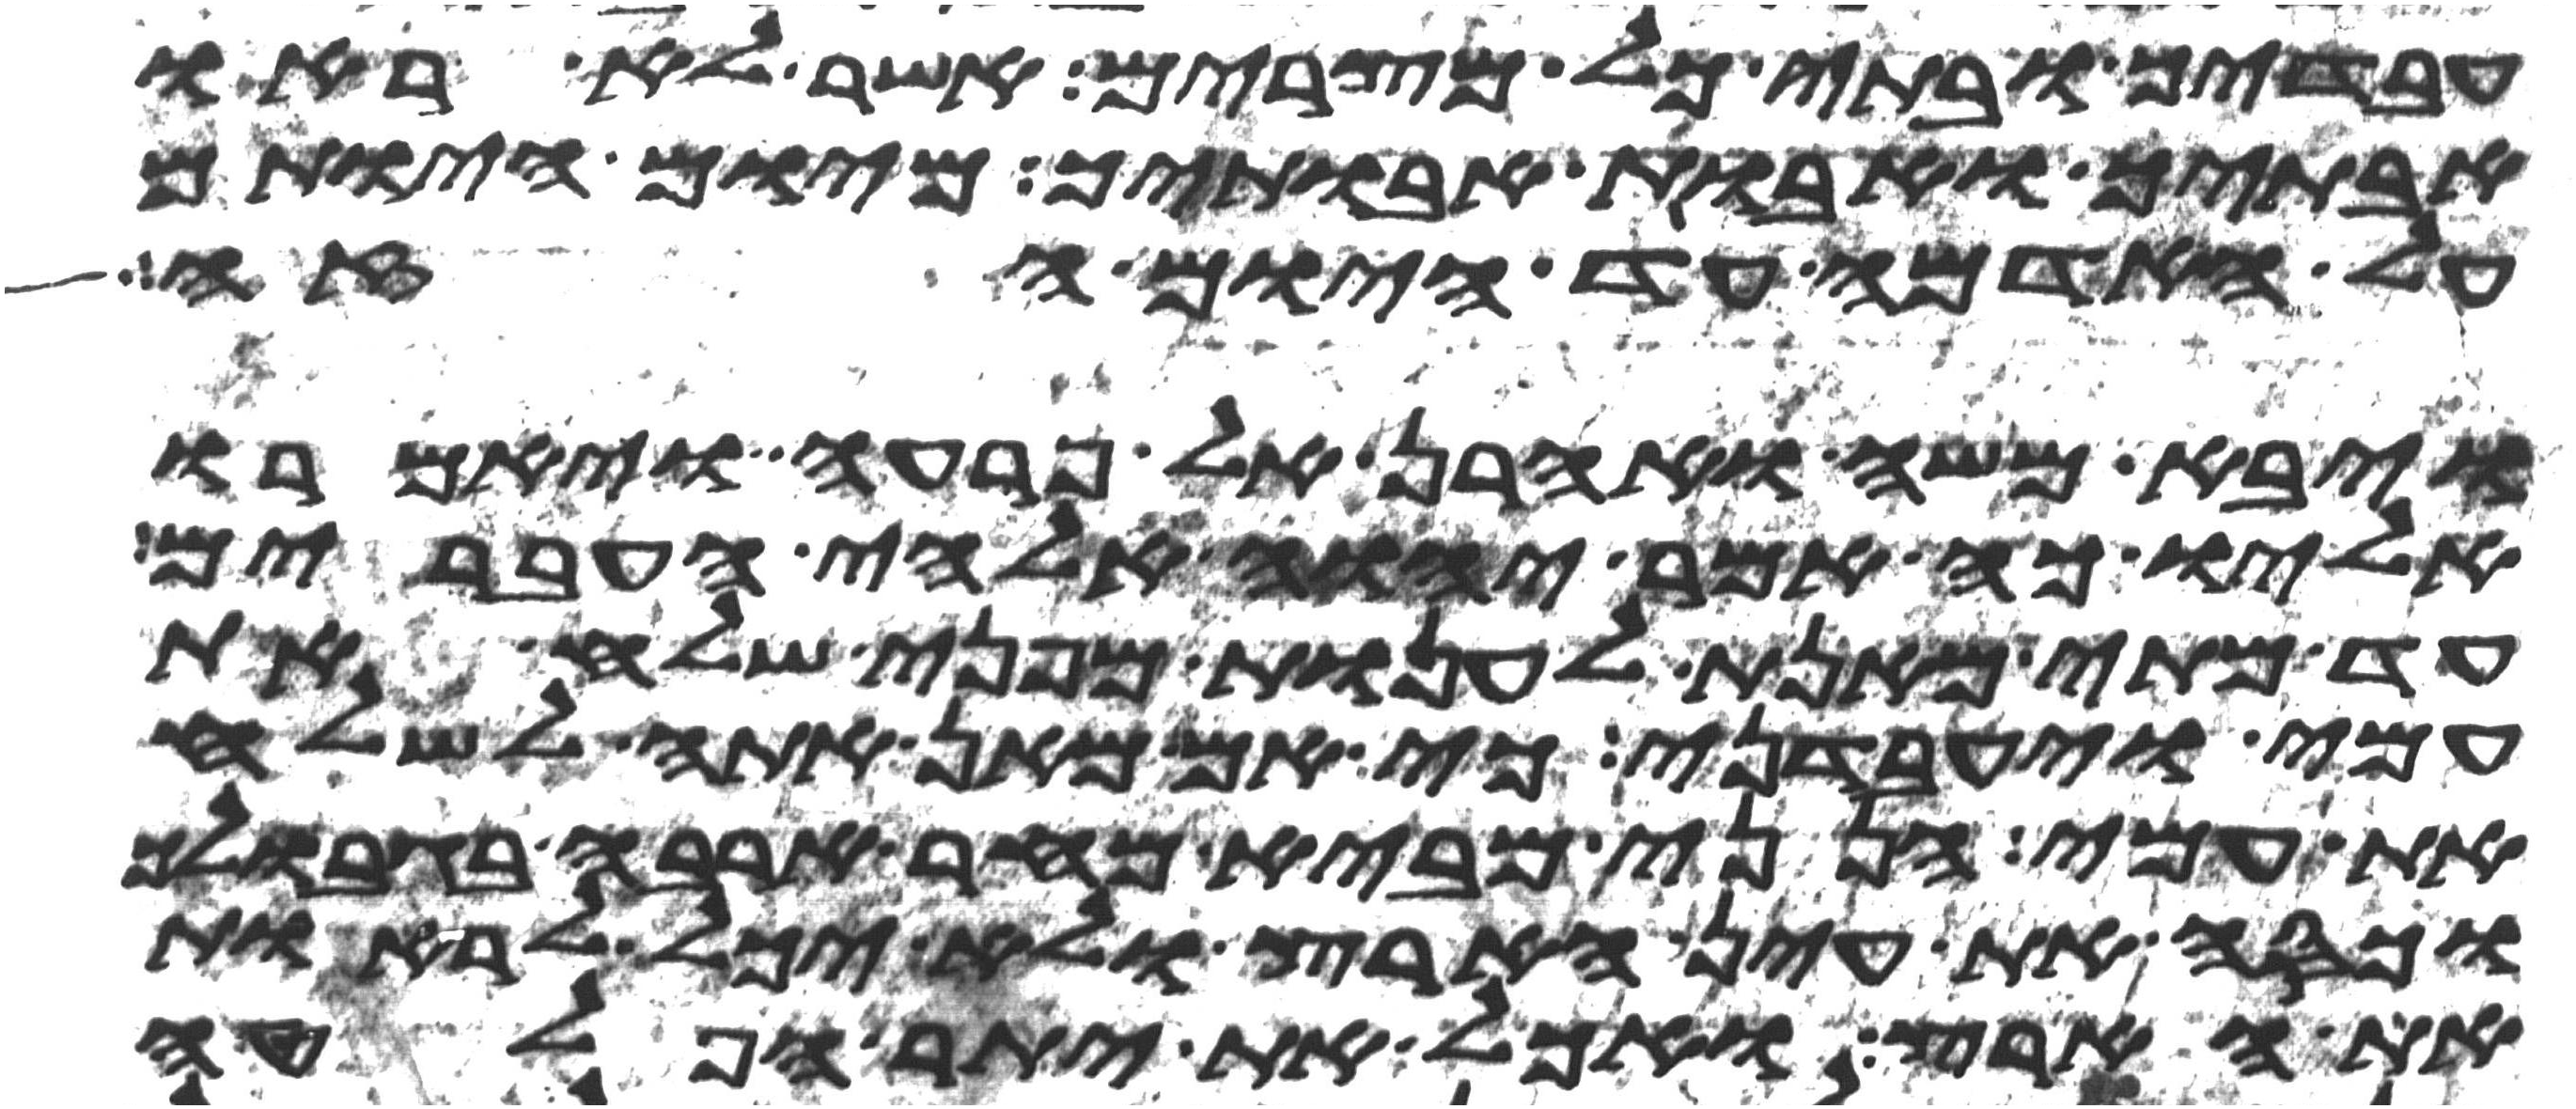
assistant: עבדיך ובתי כל מצרים אשר לא ראו
אבתיך ואבות אבתיך מיום היותם
על האדמה עד היום הזה
ויבא משה ואהרן אל פרעה ויאמרו
אליו כה אמר יהוה אלהי העברים
עד מתי מאנת לענות מפני שלח את
עמי ויעבדני כי אם מאן אתה לשלח
את עמי הנני מביא מחר ארבה בגבולך
וכסה את עין הארץ ולא יכל לראות
את הארץ ואכל את יתר הפלטה